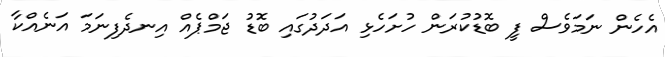
އެހެން ނަމަވެސް ފީ ބޮޑުކުރަން ހުށަހެޅި އަދަދުގައި ބޮޑު ޖަމްޕެއް އިނދެފިނަމަ އަނެއްކާ